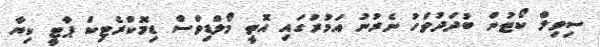
ސިވިލް ކޯޓުން ބުދަދުވަހު ނެރުނު އަމުރުގައި އޮތީ މޯލްޑިވްސް ޑިމޮކްރެޓިކް ޕާޓީ ކިޔާ